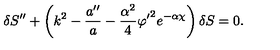
\delta S ^ { \prime \prime } + \left( k ^ { 2 } - \frac { a ^ { \prime \prime } } { a } - \frac { \alpha ^ { 2 } } { 4 } { \varphi ^ { \prime } } ^ { 2 } e ^ { - \alpha \chi } \right) \delta S = 0 .